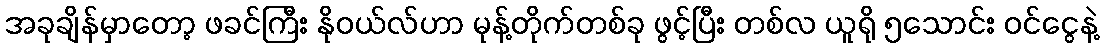
အခုချိန်မှာတော့ ဖခင်ကြီး နိုဝယ်လ်ဟာ မုန့်တိုက်တစ်ခု ဖွင့်ပြီး တစ်လ ယူရို ၅သောင်း ဝင်ငွေနဲ့